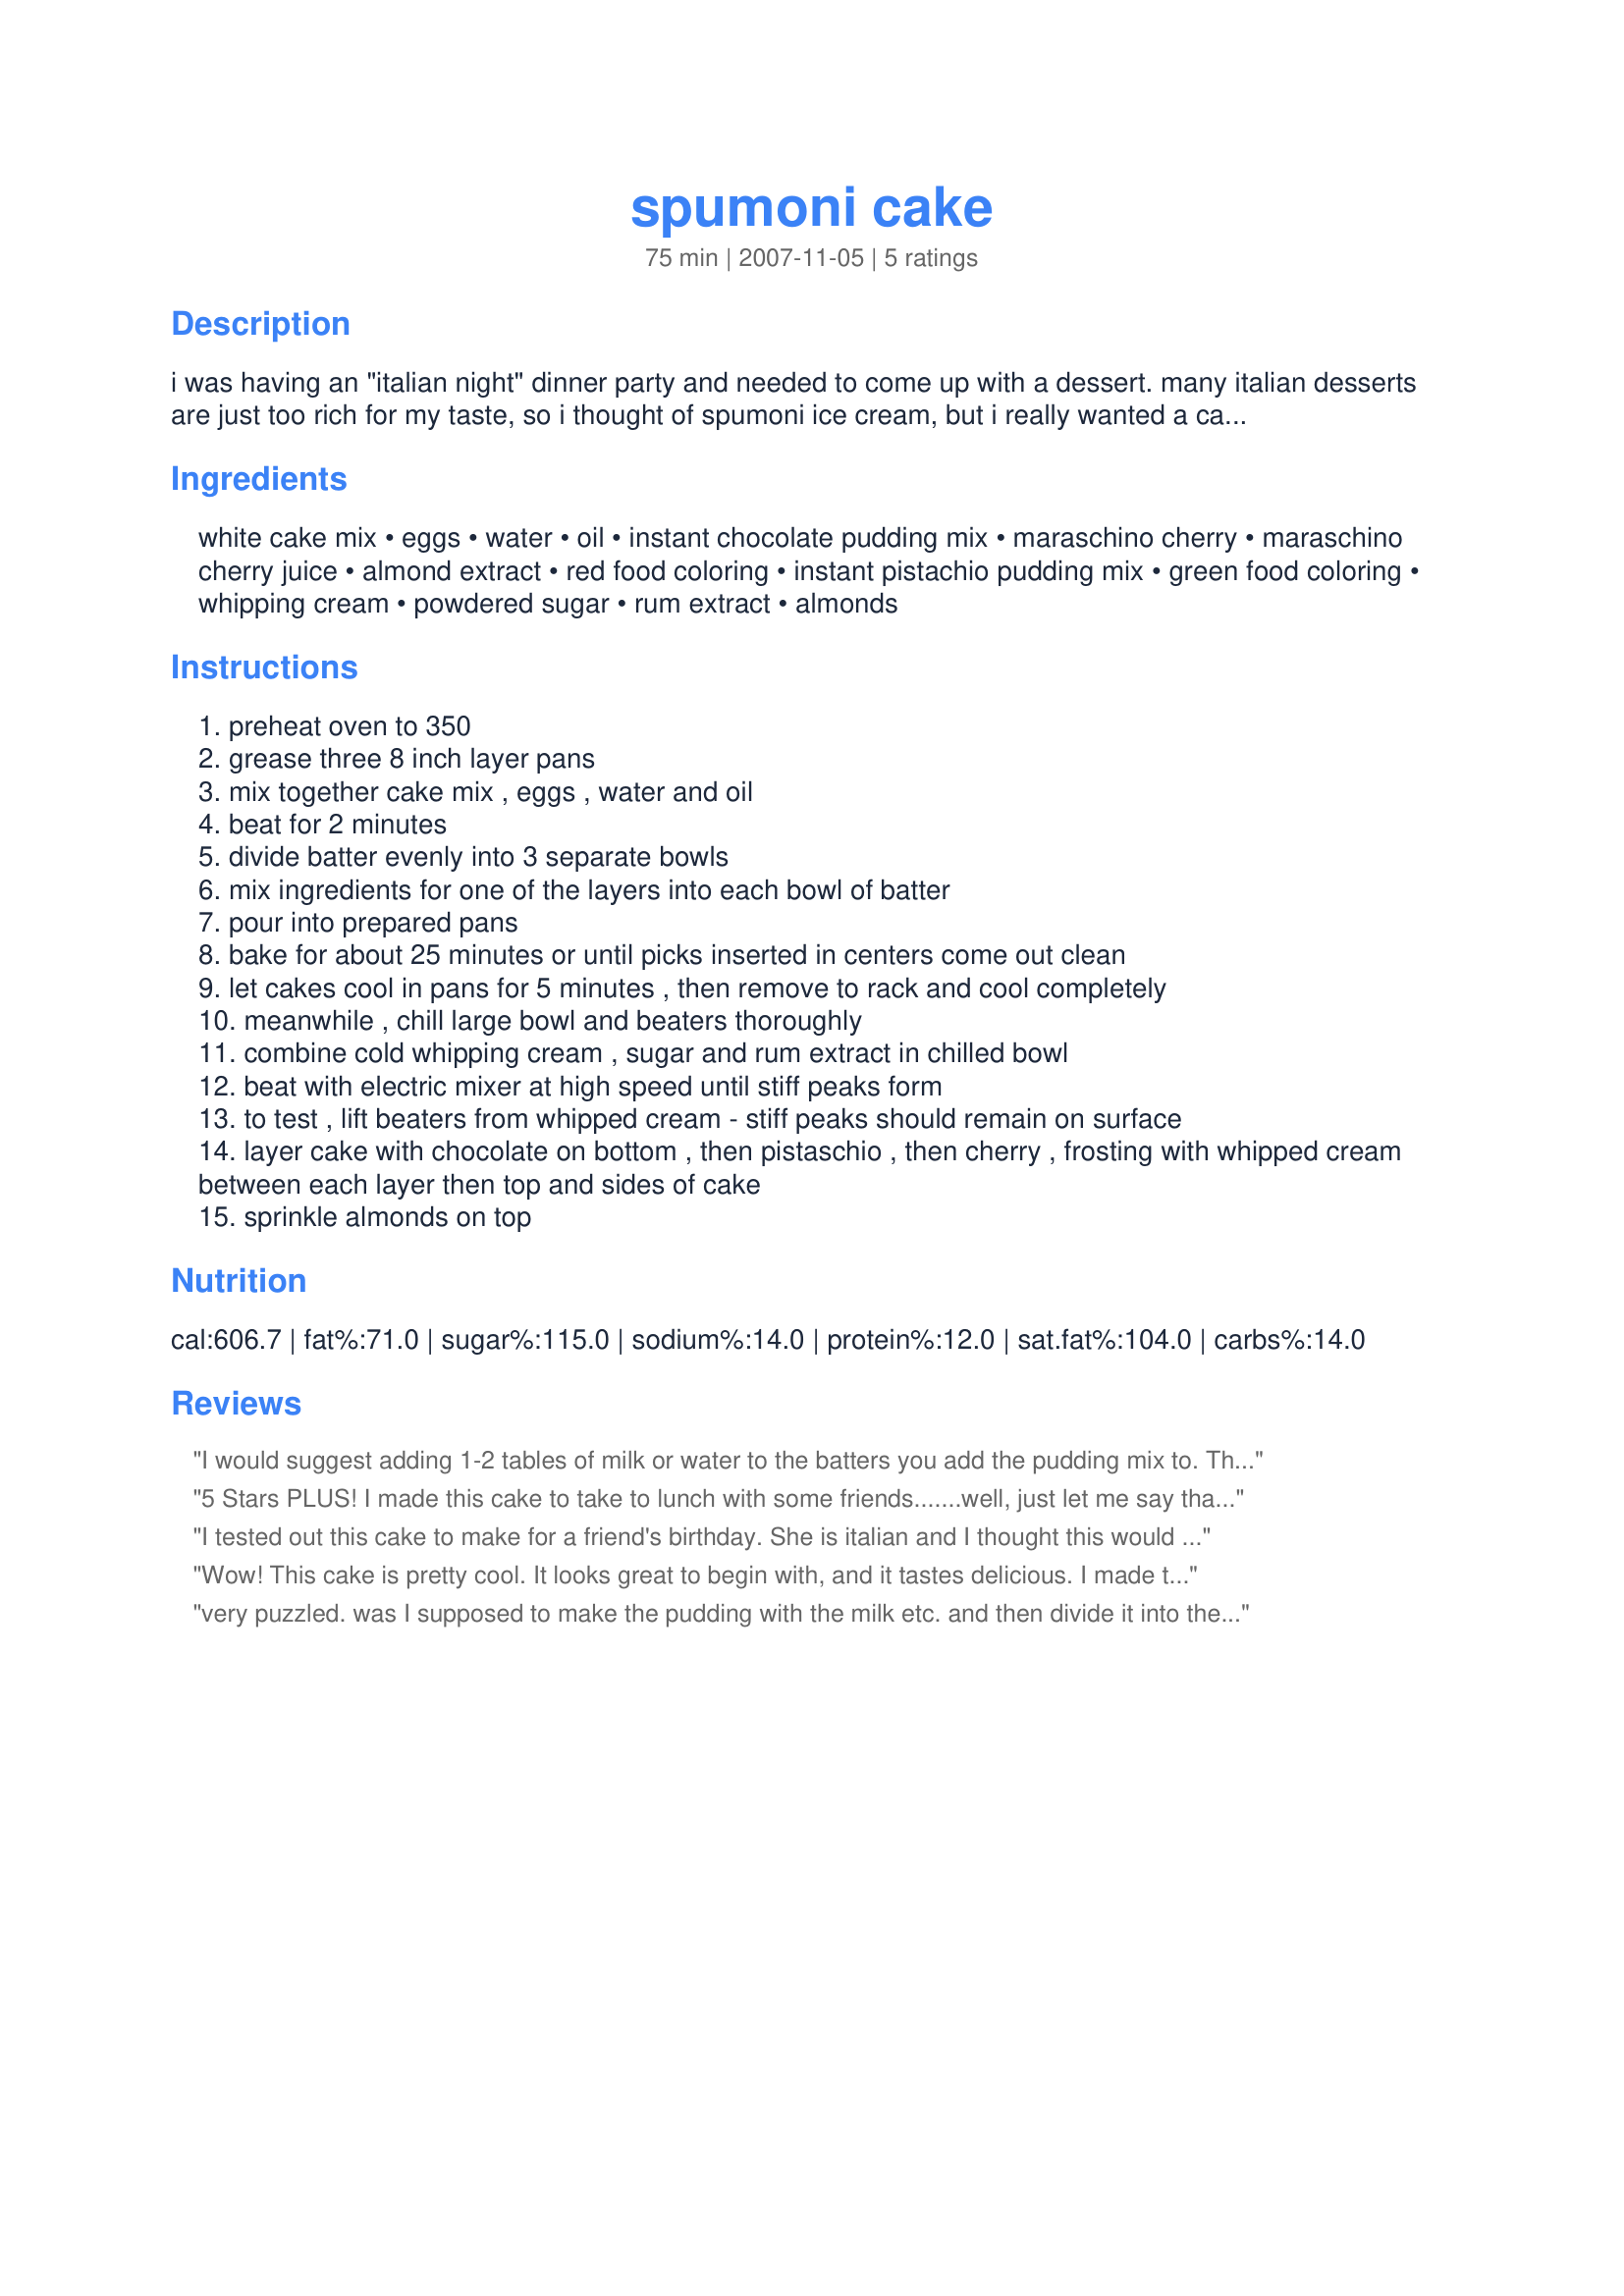
spumoni cake
Preparation time: 75 minutes

i was having an "italian night" dinner party and needed to come up with a dessert. many italian desserts are just too rich for my taste, so i thought of spumoni ice cream, but i really wanted a cake. so i decided to try to come up with a cake that had the flavor of spumoni and this is the result!

Ingredients:
white cake mix, eggs, water, oil, instant chocolate pudding mix, maraschino cherry, maraschino cherry juice, almond extract, red food coloring, instant pistachio pudding mix, green food coloring, whipping cream, powdered sugar, rum extract, almonds

Steps:
preheat oven to 350
grease three 8 inch layer pans
mix together cake mix , eggs , water and oil
beat for 2 minutes
divide batter evenly into 3 separate bowls
mix ingredients for one of the layers into each bowl of batter
pour into prepared pans
bake for about 25 minutes or until picks inserted in centers come out clean
let cakes cool in pans for 5 minutes , then remove to rack and cool completely
meanwhile , chill large bowl and beaters thoroughly
combine cold whipping cream , sugar and rum extract in chilled bowl
beat with electric mixer at high speed until stiff peaks form
to test , lift beaters from whipped cream - stiff peaks should remain on surface
layer cake with chocolate on bottom , then pistaschio , then cherry , frosting with whipped cream between each layer then top and sides of cake
sprinkle almonds on top

Reviews:
I would suggest adding 1-2 tables of milk or water to the batters you add the pudding mix to. They were so thick it was difficult to spread in the pan. I added about a tablespoon of water to the green layer and it spread much better. Also if yo notice the boxes of cake mixes you buy now are about 3 ournces lighter. Next time I am going to make my white cake from scratch.
5 Stars PLUS!
I made this cake to take to lunch with some friends.......well, just let me say that the waitstaff and the manager at the restaurant had to have a slice! (We go to this certain restaurant every Friday for lunch).....and they RAVED about it! My friends also loved it.........very moist, delicious cake....it was gone in a flash!!!!!!! Thanks Jennifer for a wonderful recipe!!!!!!!
I tested out this cake to make for a friend's birthday. She is italian and I thought this would be perfect for her, almost. She is allergic to chocolate :-( so I made the cherry, pistachio, and a vanilla layer. I'm going to have to throw the test cake out -- it's too good and I will eat it all! I did not use the whipped icing, used an almond buttercream. I will be carrying this to work and whipped cream icings don't travel so well. I will be making this again later this week. Thanks for a great recipe Jennifer. It's a keeper. Sue
Wow! This cake is pretty cool. It looks great to begin with, and it tastes delicious. I made this for a friend's celebration, and I really think it was enjoyed by all.
Easy to make considering the outcome. Congrats on making up a fantastic cake! Love it!
very puzzled. was I supposed to make the pudding with the milk etc. and then divide it into the cake mix/?. That would make more sense, as without it the layers were extremely thin and cooked very unevenly. I supposed it will taste all right when it is frosted, if I can manage to balance the layers over the hills.
